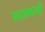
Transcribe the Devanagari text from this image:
उदयभानही